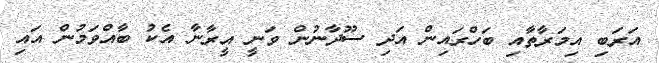
އަރަބި އިމަރާތާއި ބަހްރައިން އަދި ސޫދާނުން ވަނީ އީރާނާ އެކު ބާއްވަމުން އައި